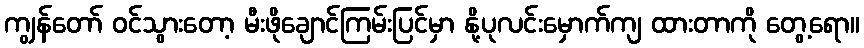
ကျွန်တော် ဝင်သွားတော့ မီးဖိုချောင်ကြမ်းပြင်မှာ နို့ပုလင်းမှောက်ကျ ထားတာကို တွေ့ရော။